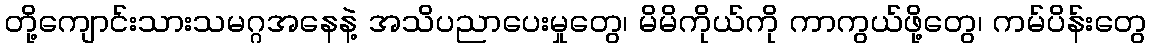
တို့ကျောင်းသားသမဂ္ဂအနေနဲ့ အသိပညာပေးမှုတွေ၊ မိမိကိုယ်ကို ကာကွယ်ဖို့တွေ၊ ကမ်ပိန်းတွေ